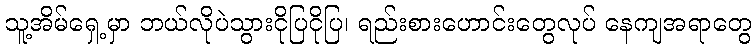
သူ့အိမ်ရှေ့မှာ ဘယ်လိုပဲသွားငိုပြငိုပြ၊ ရည်းစားဟောင်းတွေလုပ် နေကျအရာတွေ